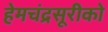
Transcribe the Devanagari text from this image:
हेमचंद्रसूरीको